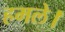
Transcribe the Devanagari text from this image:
हमले।